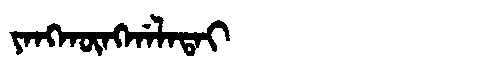
Manchu: ᠶᠠᠩᡴᡡᠩᡤᠠᠯᠠᡨᠠᡳ
Romanization: YANGKŪNGGALATAI